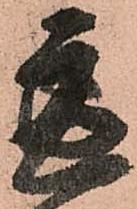
慮